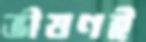
ভীষণই